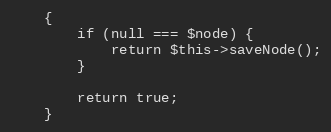
Language: PHP
    {
        if (null === $node) {
            return $this->saveNode();
        }

        return true;
    }